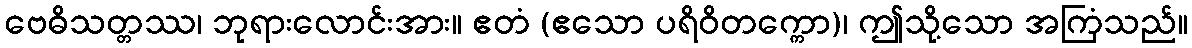
ဗေဓိသတ္တဿ၊ ဘုရားလောင်းအား။ ဧတံ (ဧသော ပရိဝိတက္ကော)၊ ဤသို့သော အကြံသည်။